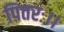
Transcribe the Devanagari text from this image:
पितरः।।